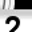
Digit: 2